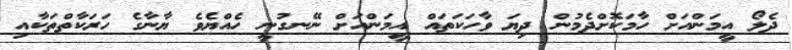
ދެލޯ އީމަންއަށް ހާމަކޮށްދެމުން ދިޔަ ވާހަކަތައް އީމަންއަށް ނޭނގުނީ ހެއްޔެވެ ޔާނާގެ ހަރަކާތްތަކާއި